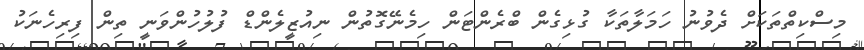
މިސްކިތްތަކަށް ދެވުނު ހަމަލާތަކާ ގުޅިގެން ބްރެންޓަން ހިމެނޭގޮތުން ނިއުޒީލެންޑް ފުލުހުންވަނީ ތިން ފިރިހެނަކު